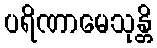
ပရိဏာမေသုန္တိ